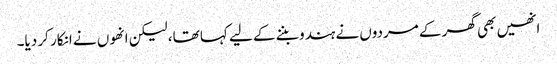
انھیں بھی گھر کے مردوں نے ہندو بننے کے لیے کہا تھا، لیکن انھوں نے انکار کر دیا۔